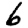
Digit: 6